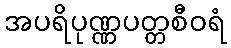
အပရိပုဏ္ဏပတ္တစီဝရံ